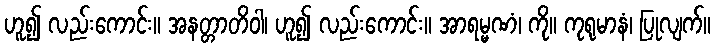
ဟူ၍ လည်းကောင်း။ အနတ္တာတိဝါ၊ ဟူ၍ လည်းကောင်း။ အာရမ္မဏံ၊ ကို။ ကုရုမာနံ၊ ပြုလျက်။